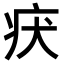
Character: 𤴻